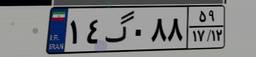
۸۱گ۳۳۰۸۷